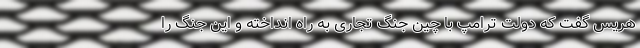
هریس گفت که دولت ترامپ با چین جنگ تجاری به راه انداخته و این جنگ را